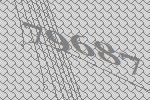
79687